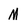
Character: M